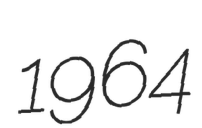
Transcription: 1964